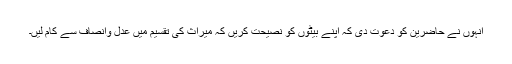
انہوں نے حاضرین کو دعوت دی کہ اپنے بیٹوں کو نصیحت کریں کہ میراث کی تقسیم میں عدل وانصاف سے کام لیں۔